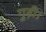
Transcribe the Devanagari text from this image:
गुढ़ी।